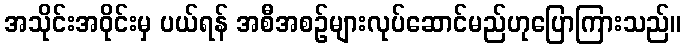
အသိုင်းအဝိုင်းမှ ပယ်ရန် အစီအစဉ်များလုပ်ဆောင်မည်ဟုပြောကြားသည်။